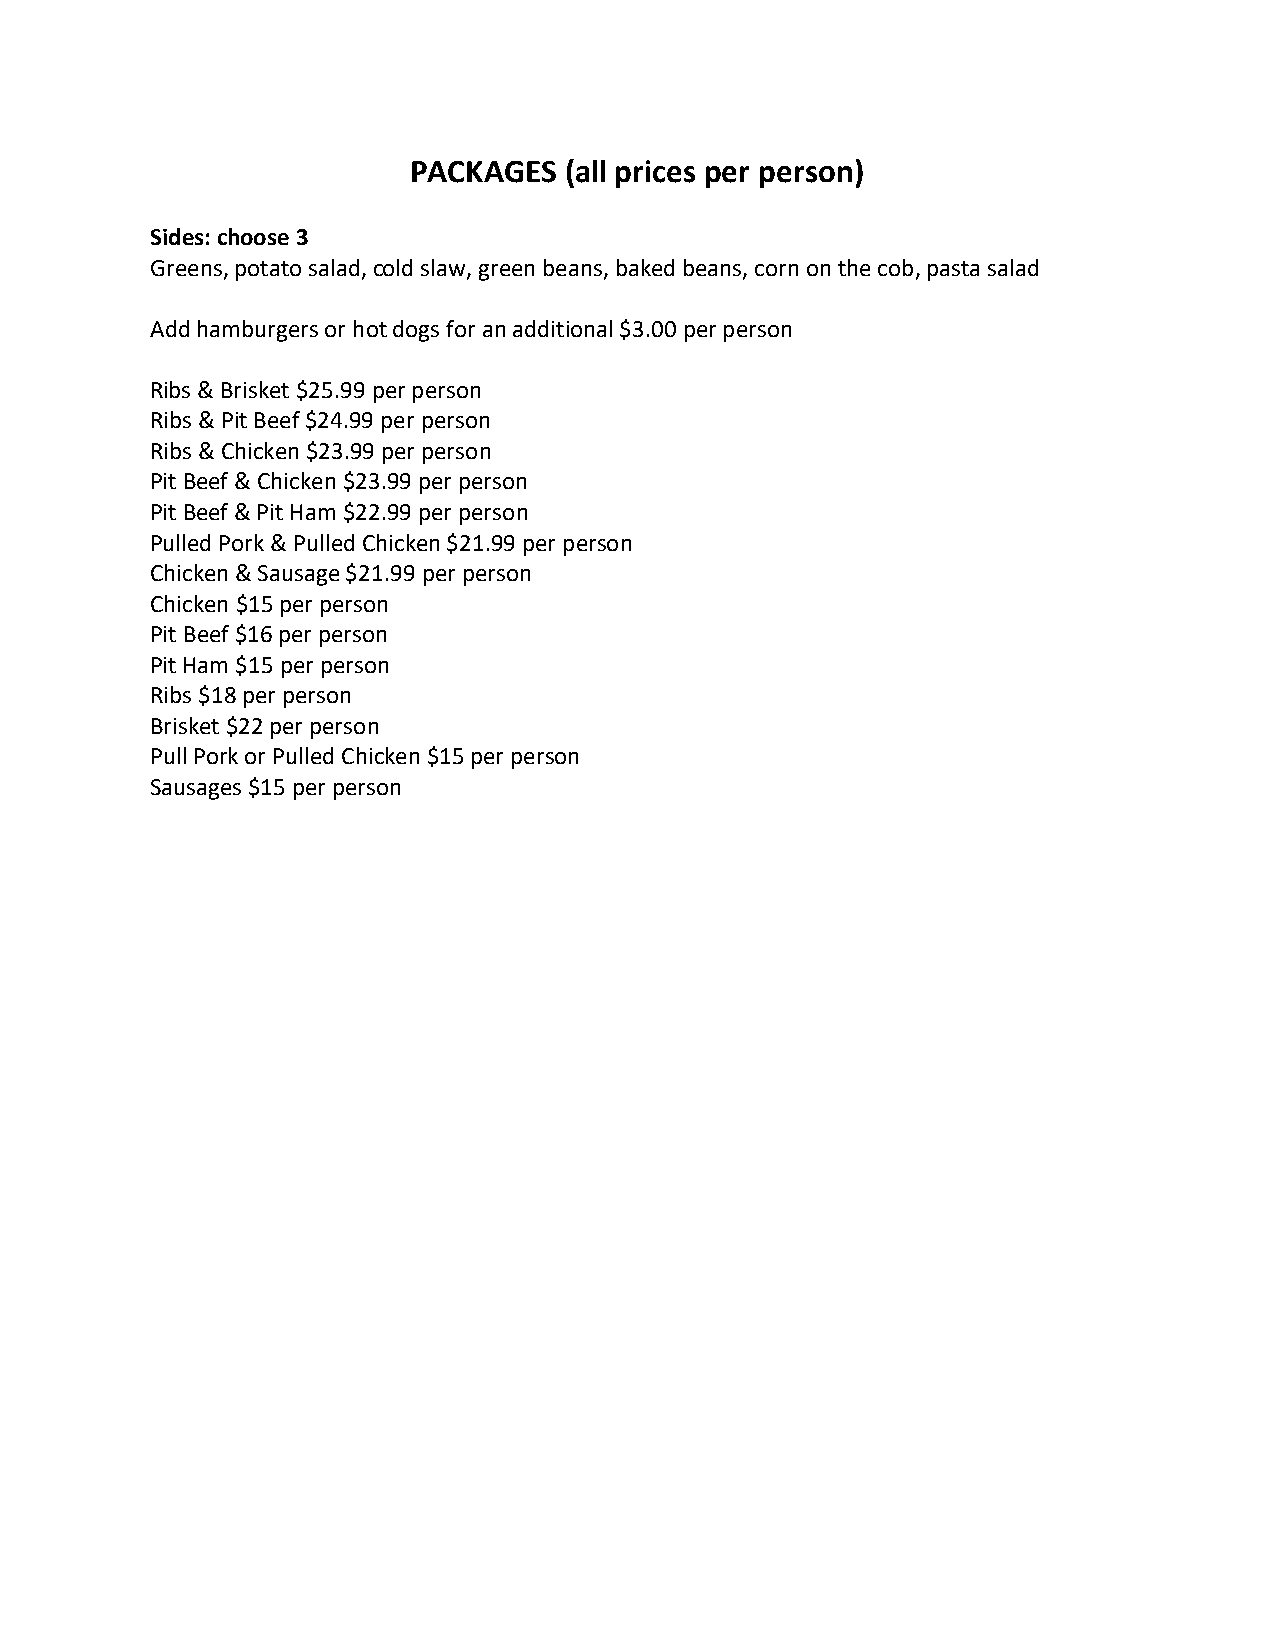
PACKAGES  (all prices per person)
 Sides: choose 3
 Greens, potato salad, cold slaw, green beans, baked beans, corn on the cob, pasta salad
 Add hamburgers or hot dogs for an additional $3.00 per person
 Ribs & Brisket $25.99 per person
 Ribs & Pit Beef $24.99 per person
 Ribs & Chicken $23.99 per person
 Pit Beef & Chicken $23.99 per person
 Pit Beef & Pit Ham $22.99 per person
 Pulled Pork & Pulled Chicken $21.99 per person
 Chicken & Sausage $21.99 per person
 Chicken $15 per person
 Pit Beef $16 per person
 Pit Ham $15 per person
 Ribs $18 per person
 Brisket $22 per person
 Pull Pork or Pulled Chicken $15 per person
 Sausages $15 per person